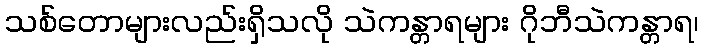
သစ်တောများလည်းရှိသလို သဲကန္တာရများ ဂိုဘီသဲကန္တာရ၊